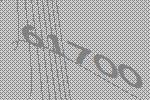
61700